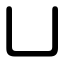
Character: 凵